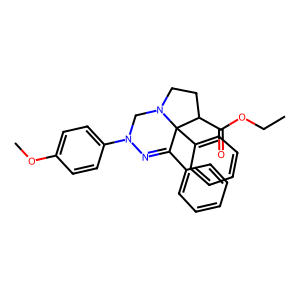
SMILES: CCOC(=O)C1CCN2CN(c3ccc(OC)cc3)N=C(c3ccccc3)C12c1ccccc1
Inhibits HIV replication: No